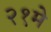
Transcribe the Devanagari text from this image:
२१मे